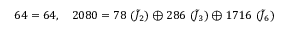
6 4 = 6 4 , \quad 2 0 8 0 = 7 8 \, \, ( \tilde { J } _ { 2 } ) \oplus 2 8 6 \, \, ( \tilde { J } _ { 3 } ) \oplus 1 7 1 6 \, \, ( \tilde { J } _ { 6 } )